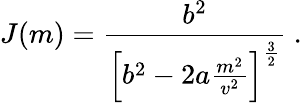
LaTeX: J(m)={\frac{b^{2}}{\left[b^{2}-2a{\frac{m^{2}}{v^{2}}}\right]^{\frac{3}{2}}}}\ .